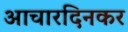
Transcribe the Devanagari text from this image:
आचारदिनकर